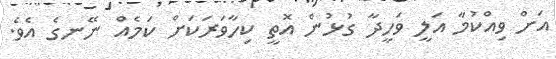
އަށް ވިއްކުމާ އަލީ ވަހީދާ ގުޅުން އޮތީ ކިހާވަރަކަށް ކަމެއް ނޭނގެ އެވެ.